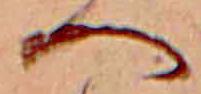
へ